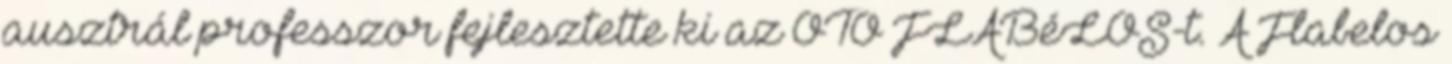
ausztrál professzor fejlesztette ki az OTO FLABéLOS-t. A Flabelos